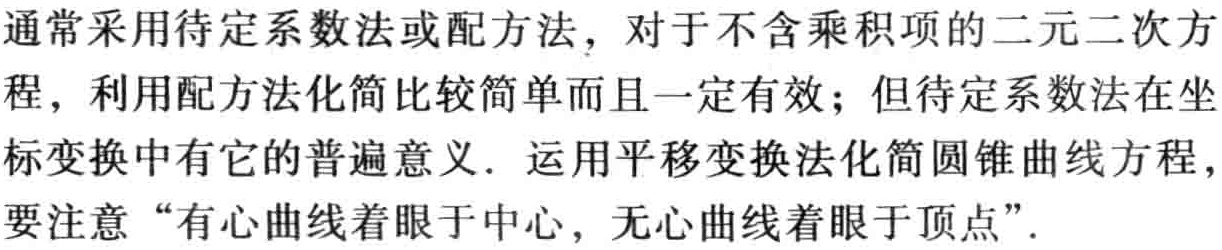
通常采用待定系数法或配方法，对于不含乘积项的二元二次方程，利用配方法化简比较简单而且一定有效；但待定系数法在坐标变换中有它的普遍意义. 运用平移变换法化简圆锥曲线方程，要注意“有心曲线着眼于中心，无心曲线着眼于顶点”.